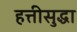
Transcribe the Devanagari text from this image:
हत्तीसुद्धा